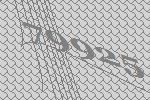
79925